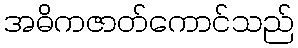
အဓိကဇာတ်ကောင်သည်